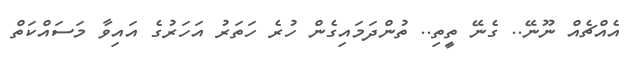
އެއްޗެއް ނޫނޭ.. ގެނޭ ތީިތި.. ތުންދަމައިގެން ހުރެ ހަތަރު އަހަރުގެ އައިވާ މަސައްކަތް